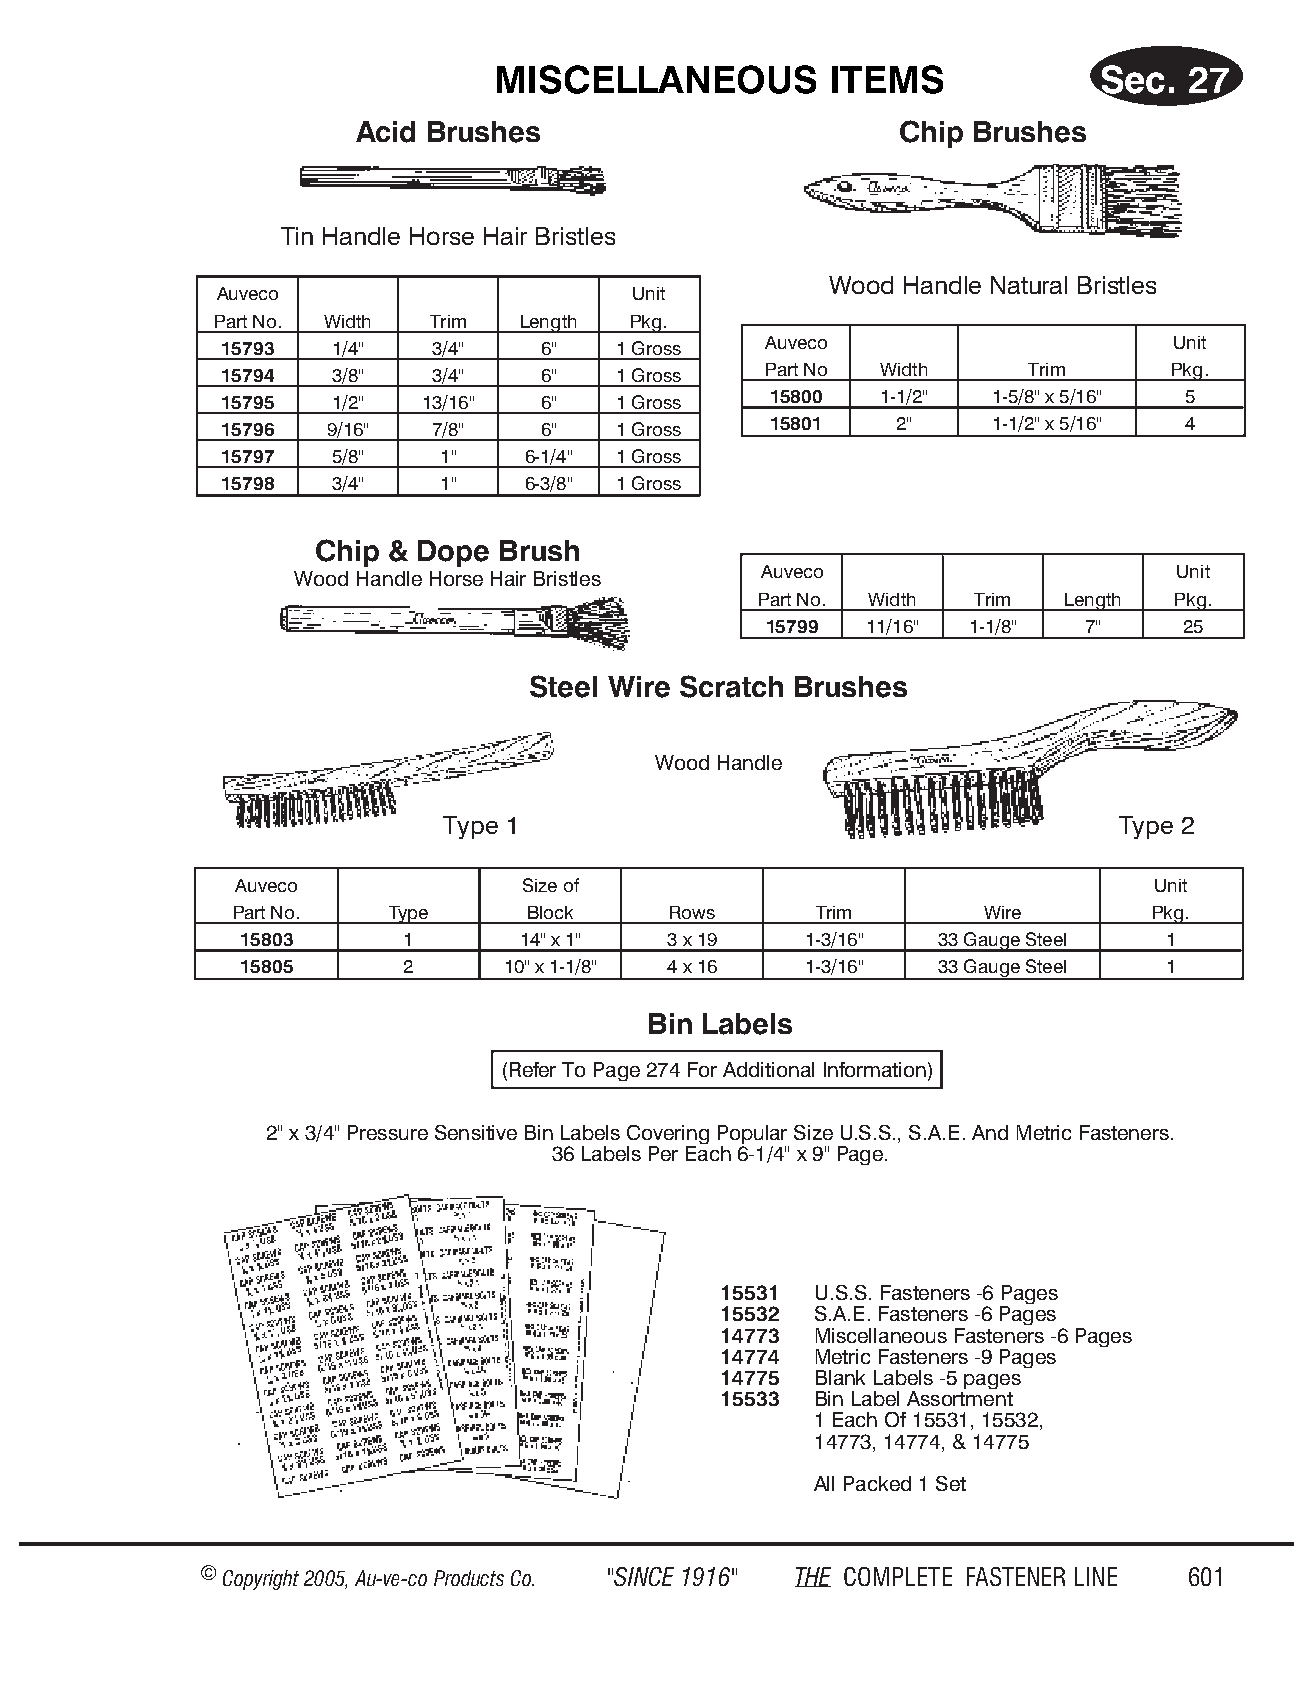
MIS CEL  LA  NEOUS    ITEMS             Sec.  27
 Acid Brushes                        Chip Brushes
 Tin Han dle Horse Hair Bris tles
 Wood Hand le Natu r al Brist les
 Auveco                     Unit
 Part No. Width Trim  Length Pkg.
 15793  1/4"   3/4"   6"   1 Gross   Auveco                     Unit
 15794  3/8"   3/4"   6"   1 Gross   Part No Width    Trim      Pkg.
 15795  1/2"  13/16"  6"   1 Gross   15800  1-1/2"  1-5/8" x 5/16" 5
 15796  9/16"  7/8"   6"   1 Gross   15801    2"    1-1/2" x 5/16" 4
 15797  5/8"   1"    6-1/4" 1 Gross
 15798  3/4"   1"    6-3/8" 1 Gross
 Chip & Dope Brush
 Wood Han dle Horse Hair Bris tles Auveco                  Unit
 Part No. Width Trim  Length Pkg.
 15799  11/16" 1-1/8" 7"     25
 Steel Wire Scratch Brushes
 Wood Han dle
 Type 1                                      Type 2
 Auveco             Size of                                   Unit
 Part No.  Type     Block     Rows     Trim       Wire       Pkg.
 15803      1       14" x 1" 3 x 19    1-3/16" 33 Gauge Steel 1
 15805      2      10" x 1-1/8" 4 x 16 1-3/16" 33 Gauge Steel 1
 Bin Labels
 (Refer To Page 274 For Additional Information)
 2" x 3/4" Pres sure Sen si tive Bin La bels Cov eri ng Pop u lar Size U.S.S., S.A.E. And Met ric Fas ten ers.
 36 Lab els Per Each 6-1/4" x 9" Page.
 15531 U.S.S. Fasteners -6 Pages
 15532 S.A.E. Fasteners -6 Pages
 14773 Miscellaneous Fasteners -6 Pages
 14774 Metric Fasteners -9 Pages
 14775 Blank Labels -5 pages
 15533 Bin Label Assortment
 1 Each Of 15531, 15532,
 14773, 14774, & 14775
 All Packed 1 Set
 © Copyr ight 2005, Au-ve-co Produ cts Co. "SINCE 1916" THE COM PLETE FAST ENER LINE 601